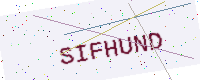
Text: SIFHUND